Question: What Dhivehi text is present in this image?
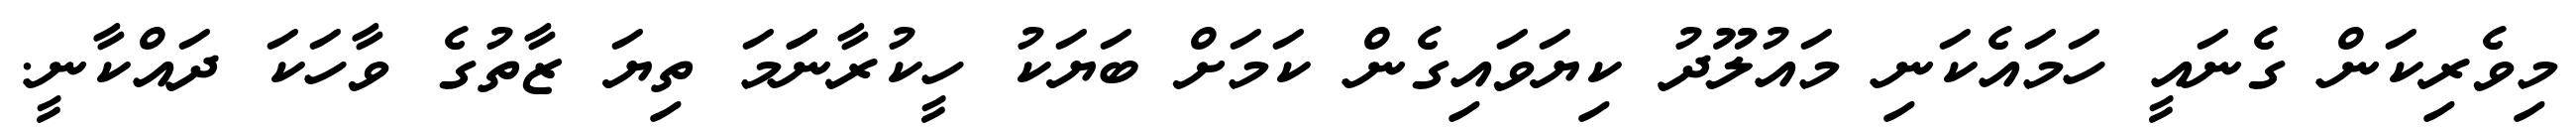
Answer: މިވެރިކަން ގެނައީ ހަމައެކަނި މައުލޫދު ކިޔަވައިގެން ކަމަށް ބަޔަކު ހީކުރާނަަމަ ތިޔަ ޒާތުގެ ވާހަކަ ދައްކާނީ.